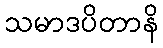
သမာဒပိတာနိ